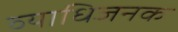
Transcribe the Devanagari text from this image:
व्‍याधिजनक